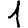
Digit: 1